Lunatic asylums Central Provinces reports 1895-1909 - 1895-1909
Year: 1895
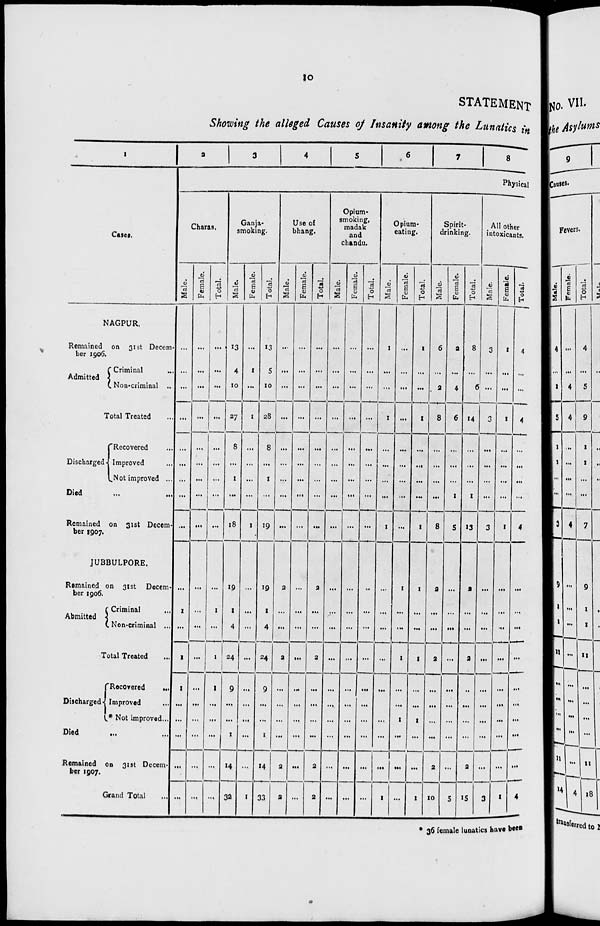
10
STATEMENT
Showing the alleged Causes of Insanity among the Lunatics in
1
Cases.
NAGPUR.
Remained on 31st Decem-
ber 1906.
Admitted
Criminal ...
Non-criminal ...
Total Treated ...
Discharged
Recovered ...
Improved ...
Not improved ...
Died ... ...
Remained on 31st Decem-
ber 1907.
JUBBULPORE.
Remained on 3tst Decem-
ber 1906.
Abmitted
Criminal ...
Non-criminal ...
Total Treated ...
Discharged
Recovered
...
Improved ...
*Not improved ...
Died ... ...
Remained on 31st Decem-
ber 1907.
Grand Total ...
2
3
4
5
6
7
8
Physical
Charas.
Male.
...
...
...
...
...
...
...
...
...
...
1
...
1
1
...
...
...
...
...
Female.
...
...
...
...
...
...
...
...
...
...
...
...
...
...
...
...
...
...
...
Total.
...
...
...
...
...
...
...
...
...
...
1
...
1
1
...
...
...
...
...
Ganja-
smoking.
Male.
13
4
10
27
8
...
1
...
18
19
1
4
24
9
...
...
1
14
32
Female.
...
1
...
1
...
...
...
...
1
...
...
...
...
...
...
...
...
...
1
Total.
13
5
10
28
8
...
1
...
19
19
1
4
24
9
...
...
1
14
33
Use of
bhang.
Male.
...
...
...
...
...
...
...
...
...
2
...
...
2
...
...
...
...
2
2
Female.
...
...
...
...
...
...
...
...
...
...
...
...
...
...
...
...
...
...
...
Total.
...
...
...
...
...
...
...
...
...
2
...
....
2
...
...
...
...
2
2
Opium-
smoking,
madak
and
chandu.
Male.
...
...
...
...
...
...
...
...
...
...
...
...
...
...
...
...
...
...
...
Female.
...
...
...
...
...
...
...
...
...
...
...
...
...
...
...
...
...
...
...
Total.
...
...
...
...
...
...
...
...
...
...
...
...
...
...
...
...
...
...
...
Opium-
eating.
Male.
1
...
...
1
...
...
...
...
1
...
...
...
...
...
...
...
...
...
1
Female.
...
...
...
...
...
...
...
...
...
1
...
...
1
...
...
1
...
...
...
Total.
1
...
...
1
...
...
...
...
1
1
...
...
1
...
...
1
...
...
1
Spirit-
drinking.
Male.
6
...
2
8
...
...
...
...
8
2
...
...
2
...
...
...
...
2
10
Female.
2
...
4
6
...
...
...
1
5
...
...
...
...
...
...
...
...
...
5
Total.
8
...
6
14
...
...
...
1
13
2
...
...
2
..
...
...
...
2
15
All other
intoxicants.
Male.
3
...
...
3
...
...
...
...
3
...
...
...
...
...
...
...
...
...
3
Female.
I
...
...
1
...
...
...
...
1
...
...
...
...
...
...
...
...
...
1
Total.
4
...
...
4
...
...
...
...
4
...
...
...
...
...
...
...
...
...
4
* 36 female lunatics have been